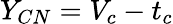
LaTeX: Y_{CN}=V_{c}-t_{c}